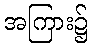
အကြား၌